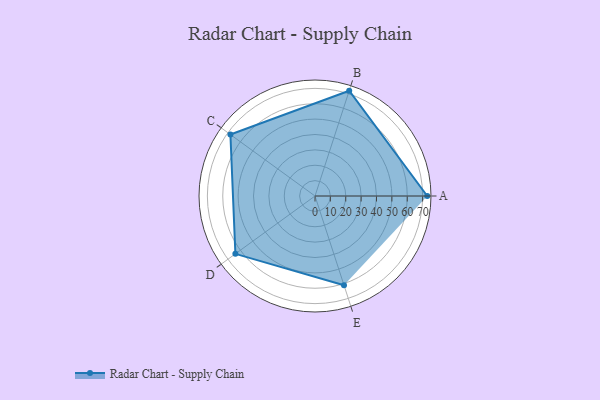
{"axis": {"x": "Skill", "y": "Score"}, "legend": ["Profile"], "data": [{"x": "A", "y": 73.0, "type": "Profile"}, {"x": "B", "y": 72.0, "type": "Profile"}, {"x": "C", "y": 68.0, "type": "Profile"}, {"x": "D", "y": 64.0, "type": "Profile"}, {"x": "E", "y": 61.0, "type": "Profile"}]}